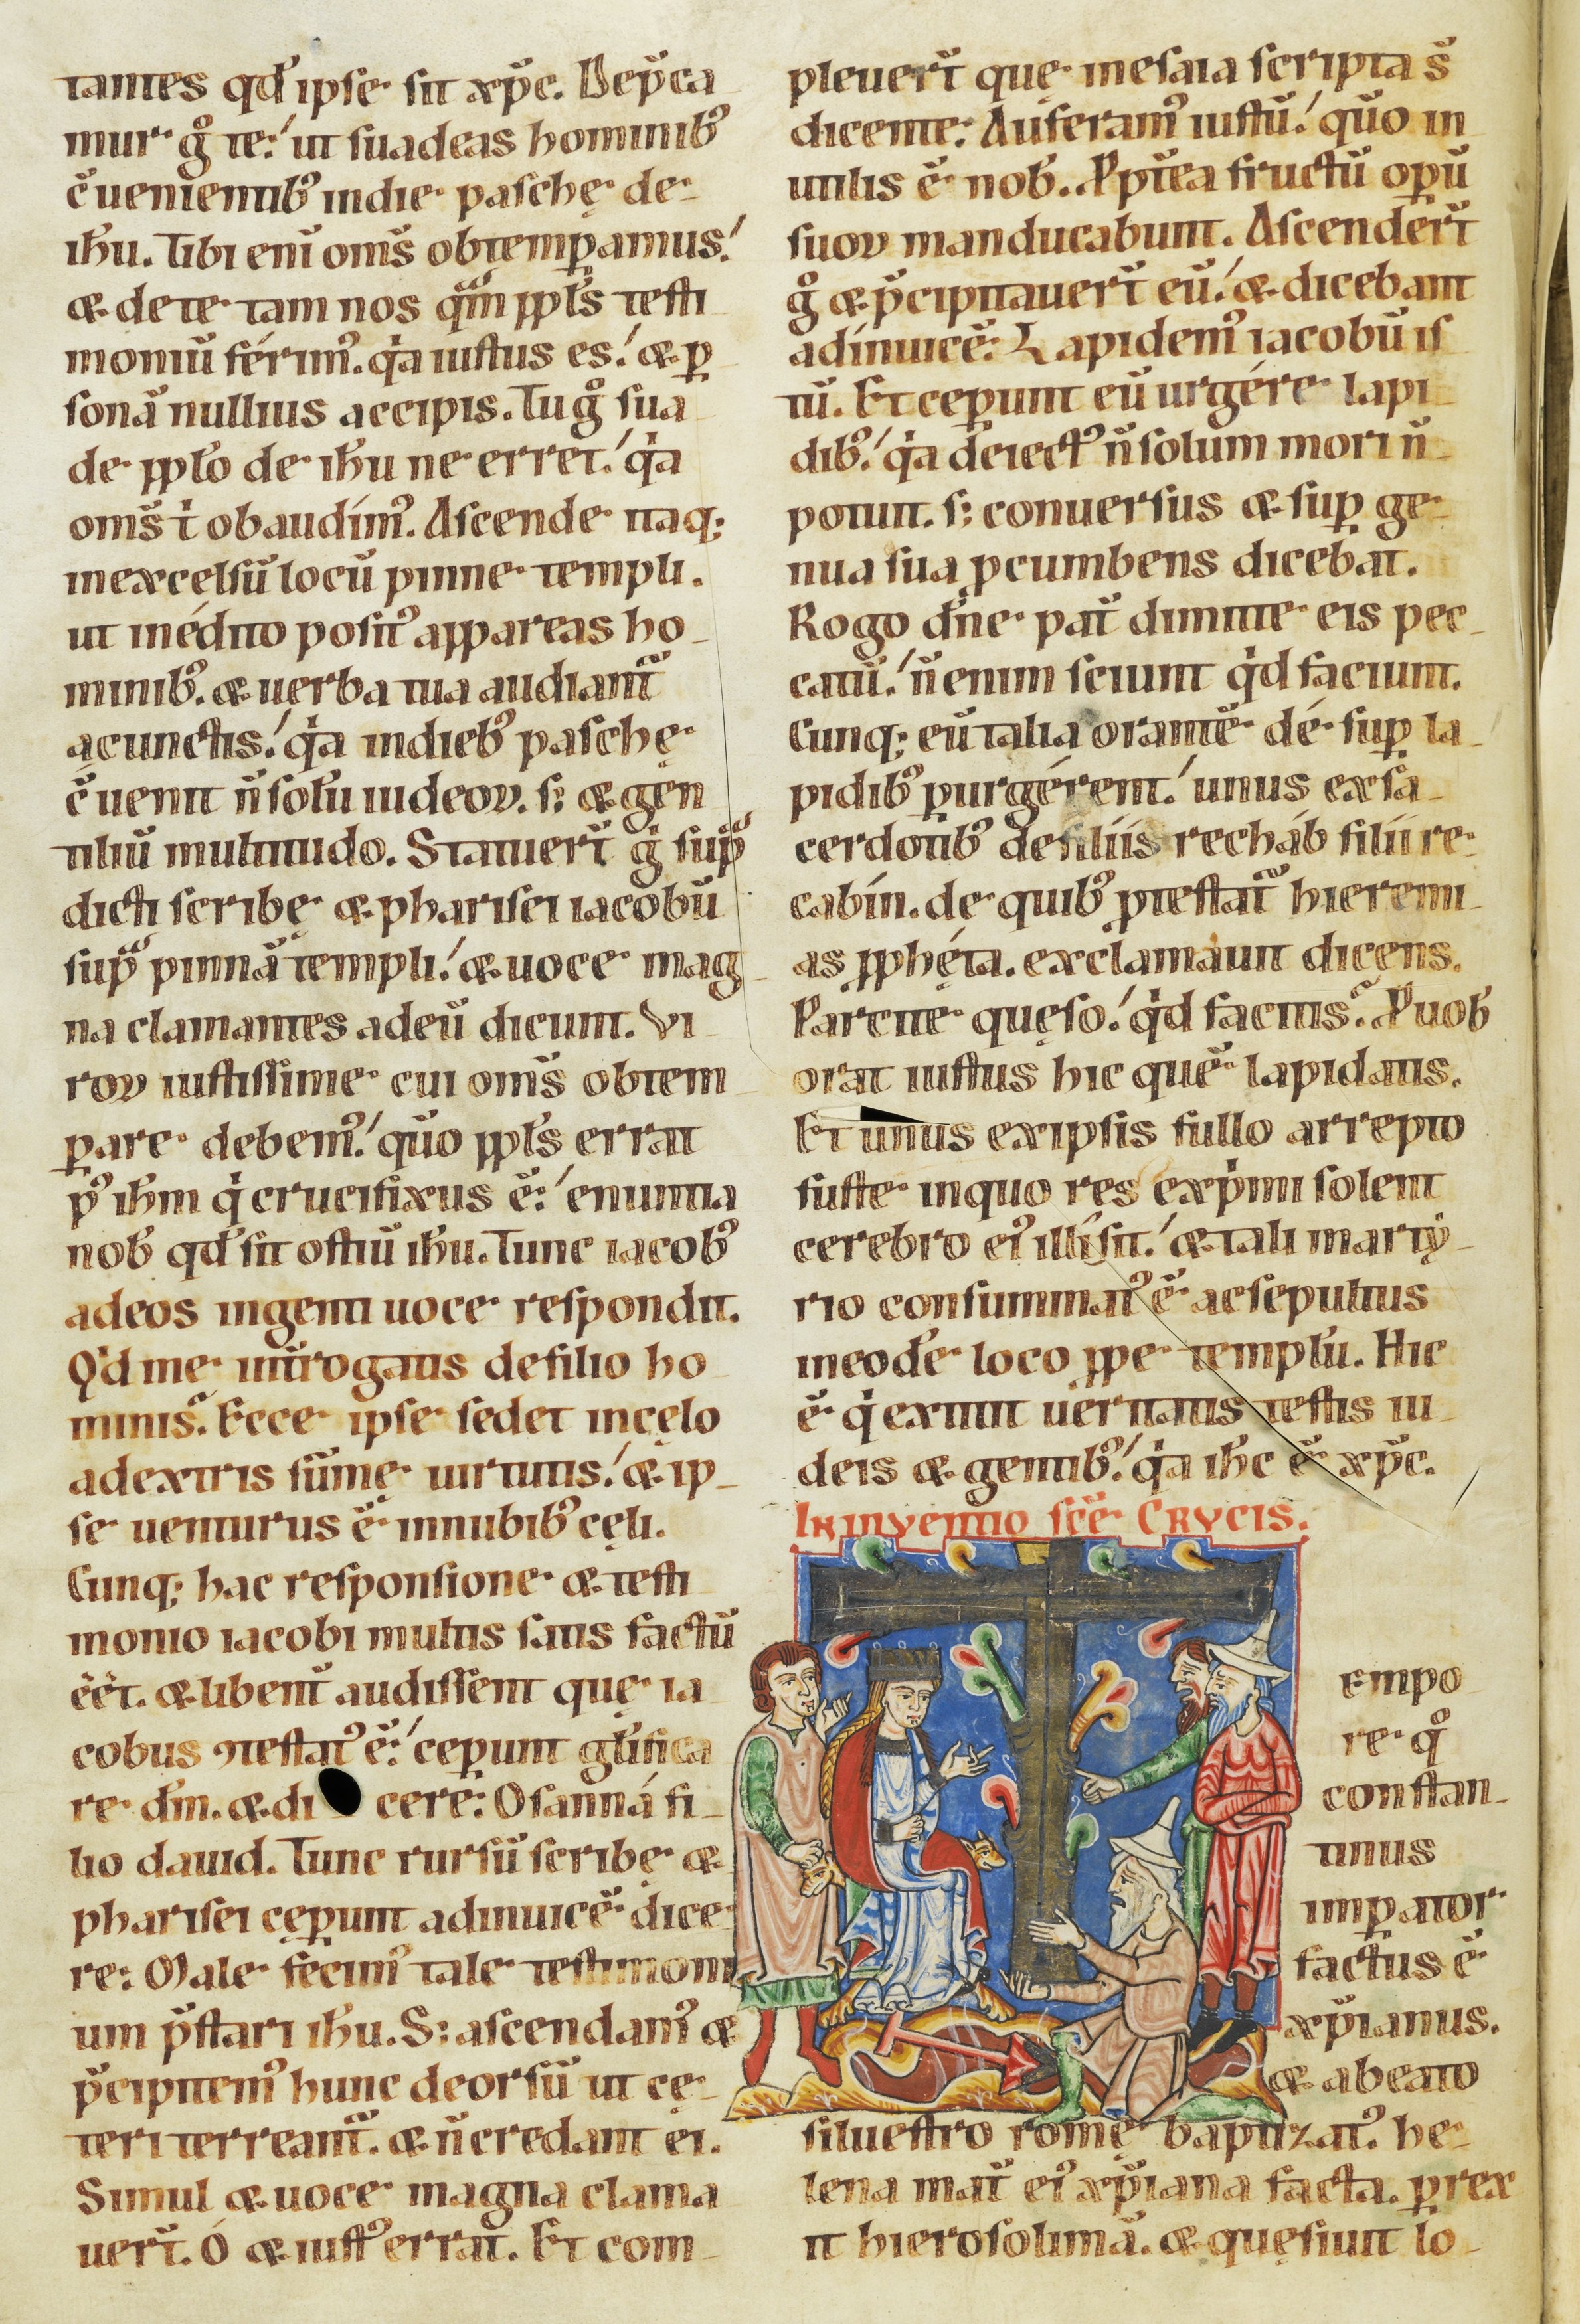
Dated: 1100–1199